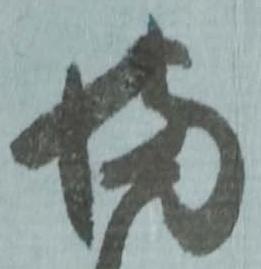
満